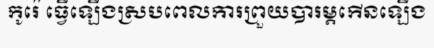
កូរ៉េ ធ្វើឡើងស្របពេលការព្រួយបារម្ភកើនឡើង